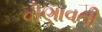
વીણાવતી